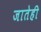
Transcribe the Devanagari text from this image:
जातेही